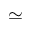
\simeq